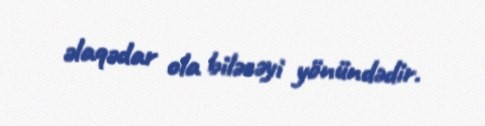
əlaqədar ola biləcəyi yönündədir.